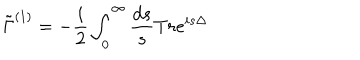
\tilde { \Gamma } ^ { ( 1 ) } = - \frac { i } { 2 } \int _ { 0 } ^ { \infty } \frac { d s } { s } T r e ^ { i s \Delta }